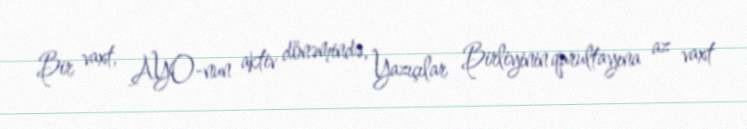
Bir vaxt, AYO-nun aktiv dönəmində, Yazıçılar Birliyinin qurultayına az vaxt